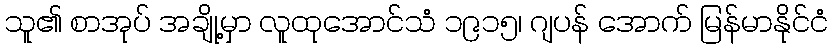
သူ၏ စာအုပ် အချို့မှာ လူထုအောင်သံ ၁၉၁၅၊ ဂျပန် အောက် မြန်မာနိုင်ငံ